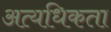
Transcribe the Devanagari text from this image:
अत्यधिकता